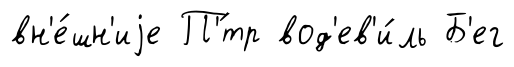
вн'е́шн'иjе П'́тр вод'ев'и́ль Б'ег